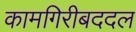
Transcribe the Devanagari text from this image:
कामगिरीबददल